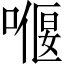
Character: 𠼸